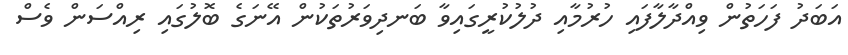
އަބަދު ފަހަތުން ވިއްދާލާފައި ހުރުމާއި ދުލުކުރީގައިވާ ބަނދިވަރުތަކުން އޭނަގެ ބޮލުގައި ރިއްސަން ވެސް